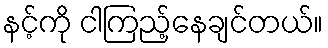
နင့်ကို ငါကြည့်နေချင်တယ်။